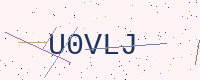
Text: U0VLJ